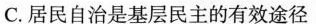
C.居民自治是基层民主的有效途径